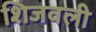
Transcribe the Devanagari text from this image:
शिजवली